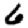
Digit: 6